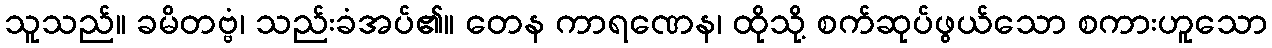
သူသည်။ ခမိတဗ္ဗံ၊ သည်းခံအပ်၏။ တေန ကာရဏေန၊ ထိုသို့ စက်ဆုပ်ဖွယ်သော စကားဟူသော